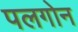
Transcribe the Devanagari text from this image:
पलगोन